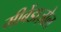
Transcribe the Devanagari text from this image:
मीबेंडाज़ोल